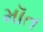
મૉત